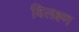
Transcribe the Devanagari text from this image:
विलक्ष्ण